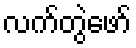
လက်တွဲဖော်